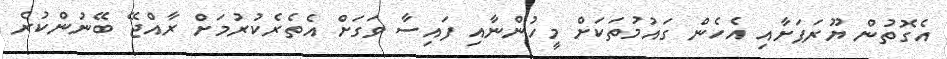
އެގޮތުން ޔޫރަޕަށާއި އެހެން ގައުމުތަކަށް މީހުންނާއި ފައިސާ ވަގަށް އެތެރެކުރުމަށް ރާއްޖޭ ބޭނުންކުރެ